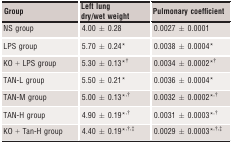
<table><thead><tr><td><b>Group</b></td><td><b>Left lung dry/wet weight</b></td><td><b>Pulmonary coefficient</b></td></tr></thead><tbody><tr><td>NS group</td><td>4.00 ± 0.28</td><td>0.0027 ± 0.0001</td></tr><tr><td>LPS group</td><td>5.70 ± 0.24*</td><td>0.0038 ± 0.0004*</td></tr><tr><td>KO + LPS group</td><td>5.30 ± 0.13*, †</td><td>0.0034 ± 0.0002*, †</td></tr><tr><td>TAN‐L group</td><td>5.50 ± 0.21*</td><td>0.0036 ± 0.0004*</td></tr><tr><td>TAN‐M group</td><td>5.00 ± 0.13*<sup>,</sup>†</td><td>0.0032 ± 0.0002*<sup>,</sup>†</td></tr><tr><td>TAN‐H group</td><td>4.90 ± 0.19*<sup>,</sup>†</td><td>0.0031 ± 0.0003*<sup>,</sup>†</td></tr><tr><td>KO + Tan‐H group</td><td>4.40 ± 0.19*<sup>,</sup>†<sup>,</sup>‡</td><td>0.0029 ± 0.0003*<sup>,</sup>†<sup>,</sup>‡</td></tr></tbody></table>